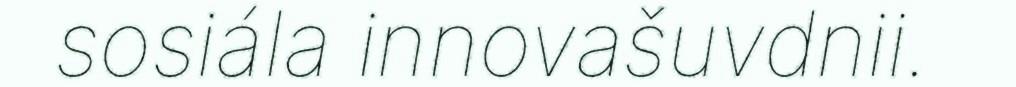
sosiála innovašuvdnii.